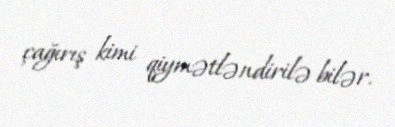
çağırış kimi qiymətləndirilə bilər.